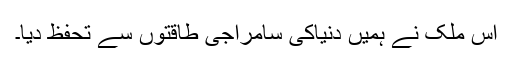
اس ملک نے ہمیں دنیاکی سامراجی طاقتوں سے تحفظ دیا۔